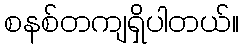
စနစ်တကျရှိပါတယ်။